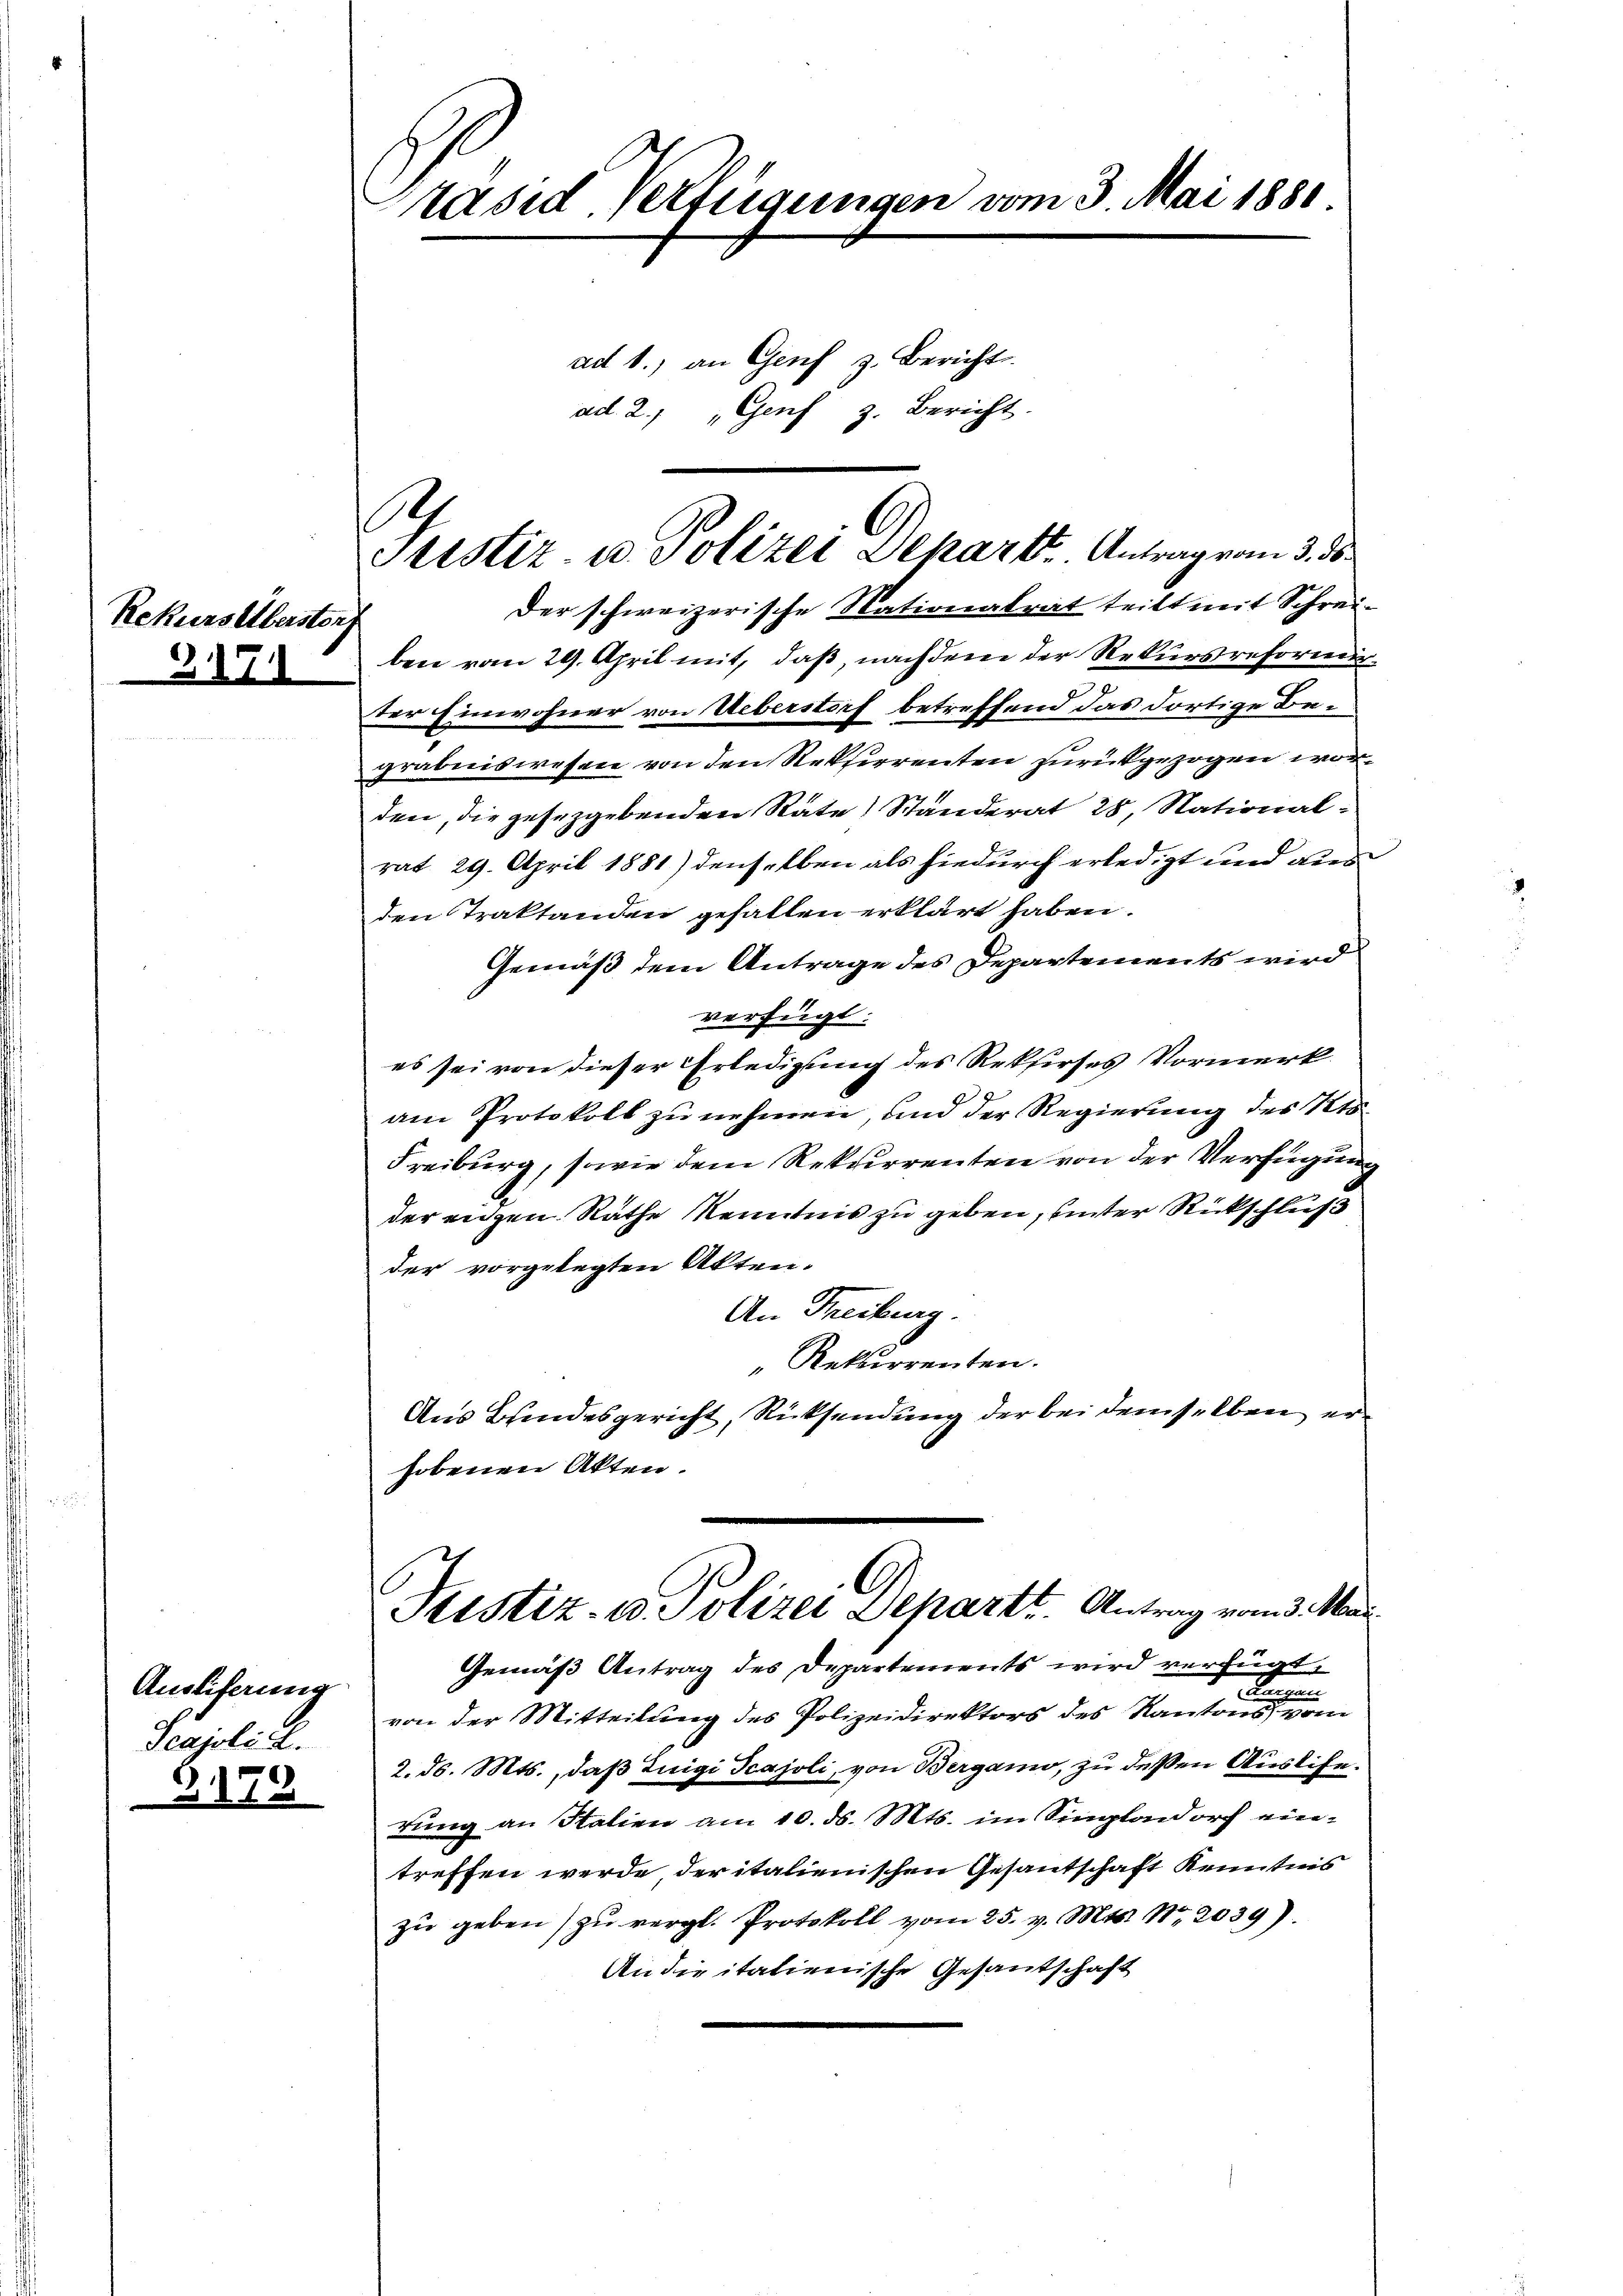
Rekurselberstor

Ausliferung
Scajolil.

Präsid. Verfügungen vom 3. Mai 1881
ad 1., an Genf z. Bericht.
ad 2.) " Genf z. Bericht.

.
Justiz- u. Polizei Separt. Antrag vom 3. ds.
Der schweizerische Nationalrat teilt mit Schrei¬

ben vom 29. April mit, daß, nachdem der Rekursreforndrter Einwohner von Ueberstorf betreffend das dortige Begräbniswesen von den Rekurrenten zurückgezogen worden, die gesetzgebenden Rate) Standerat 28, Nationalrat 29. April 1881) denselben als hiedurch erledigt und aus
den Traktanden gefallen erklärt haben.
Gemäß dem Antrage des Departements wird
verfügt:
es sei von dieser Erledigung des Rekurses Vormerk
am Protokoll zu nehmen, und der Regierung des St
Freiburg, sowie dem Rekurrenten von der Verfügung
der eigen Rathe Kenntnis zu geben, unter Rückschluß
der vorgelegten Akten.
An Freiburg.
Rekurrenten.
Aus Brindesgericht, Rücksendung der bei demselben erhobenen Akten.
Justiz- u. Polizei Departt. Antrag vom 3. Mar
Gemäß Antrag des Departements wird verfügt,
x
von der Mitteilung des Polizeidirektors des Kantons einen
2. ds. Mts., daß Luigi Tcajoli, von Bergann, zu deßen Auslife.
rung an Stalien am 10. ds. Mts. im Singlandorf ein-
treffen werde der italienischen Gesantschaft Kenntnis
zu geben) zu vergl. Protokoll vom 25. v. Mts. Nr. 2039).
An die italienische Gesandschaft